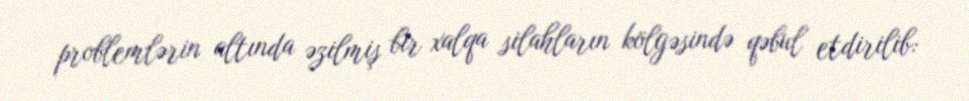
problemlərin altında əzilmiş bir xalqa silahların kölgəsində qəbul etdirilib: